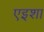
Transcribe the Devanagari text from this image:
एइशा